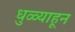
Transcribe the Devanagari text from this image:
धुळ्याहून